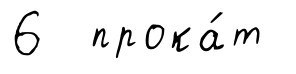
6 прока́т